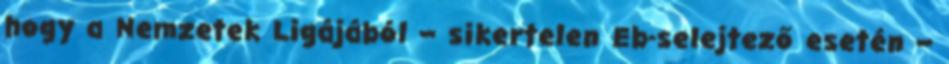
hogy a Nemzetek Ligájából – sikertelen Eb-selejtező esetén –